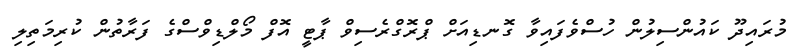
މުރައިދޫ ކައުންސިލުން ހުސްވެފައިވާ ގޮނޑިއަށް ޕްރޮގްރެސިވް ޕާޓީ އޮފް މޯލްޑިވްސްގެ ފަރާތުން ކުރިމަތިލި